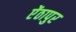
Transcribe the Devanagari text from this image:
ऐंठापुर